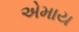
એમાય